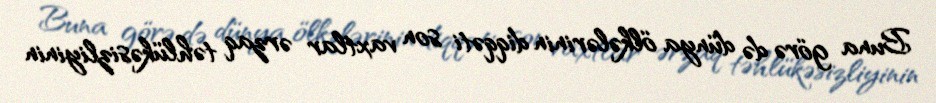
Buna görə də dünya ölkələrinin diqqəti son vaxtlar ərzaq təhlükəsizliyinin